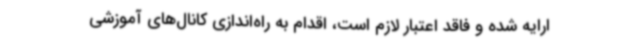
ارایه شده و فاقد اعتبار لازم است، اقدام به راه‌اندازی کانال‌های آموزشی